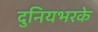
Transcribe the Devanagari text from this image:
दुनियभरके